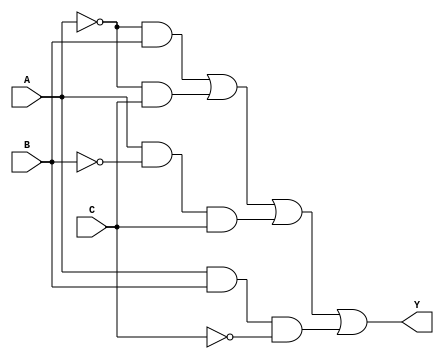
module combinational_logic_block (
    input wire A,  // Input variable A
    input wire B,  // Input variable B
    input wire C,  // Input variable C
    output wire Y  // Output Y representing the logic function
);

// Define the essential prime implicants based on a given truth table
// For example, let's assume the following minterms are 1:
// Minterms: 1, 2, 3, 5, 6 (which translates to binary combinations)
// This corresponds to the function: F(A, B, C) = A'B + A'C + AB'C + ABC'

assign Y = ( (~A & B) |  // A'B (covers minterm 2)
             (~A & C) |  // A'C (covers minterm 3)
             (A & ~B & C) | // AB'C (covers minterm 5)
             (A & B & ~C)   // ABC' (covers minterm 6)
           );

// The above expression is derived from the essential prime implicants of the truth table.
// You can expand this with more variables and minterms as needed.

endmodule